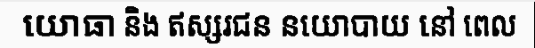
យោធា និង ឥស្សរជន នយោបាយ នៅ ពេល